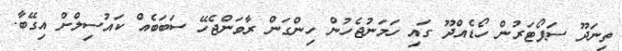
ތިނަދޫ ސަޕޯޓަރުން ހޯޑެއްދޫ ގައި ހަމަނުޖެހުން ހިންގަން ރާވަންޖެހޭ ސަބަބެއް ކައުސިލްށް އިގޭބާ.